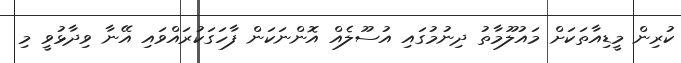
ކުރިން މީޑިއާތަކަށް މައުލޫމާތު ދިނުމުގައި އުސޫލެއް އޮންނަކަން ފާހަގަކުރައްވައި އޭނާ ވިދާޅުވީ މި